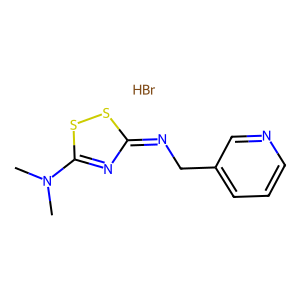
SMILES: Br.CN(C)c1nc(=NCc2cccnc2)ss1
Inhibits HIV replication: No